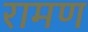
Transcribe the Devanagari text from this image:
रामण